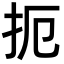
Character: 扼